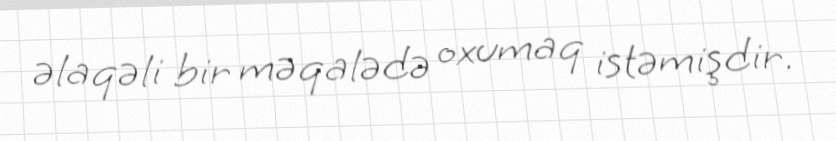
əlaqəli bir məqalədə oxumaq istəmişdir.